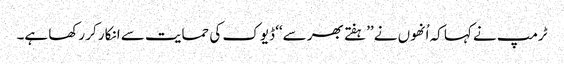
ٹرمپ نے کہا کہ اُنھوں نے ’’ہفتے بھر سے‘‘ ڈیوک کی حمایت سے انکار کر رکھا ہے۔